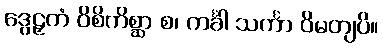
ဒွေဠှကံ ဝိစိကိစ္ဆာ စ၊ ကင်္ခါ သင်္ကာ ဝိမတျပိ။